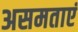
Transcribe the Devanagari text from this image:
असमताएं